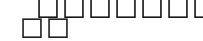
٣٩